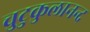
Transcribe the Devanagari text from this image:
चुटुकुलानन्द